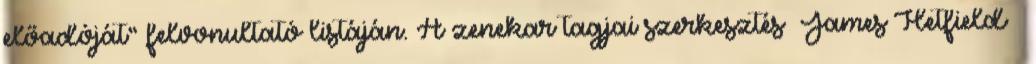
előadóját” felvonultató listáján. A zenekar tagjai szerkesztés James Hetfield –